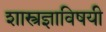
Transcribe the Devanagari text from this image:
शास्त्रज्ञाविषयी